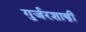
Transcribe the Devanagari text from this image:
गुर्जरशास्त्री